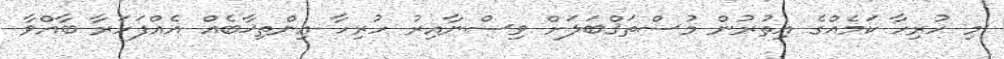
މި ހުރިހާ ކަމެއްގެ އިތުރުން މުސްތަޤްބަލަށް ވިސްނާއިރު ހުރިހާ އިންތިޚާބެއް އެއްފަހަރާ ބާއްވާ